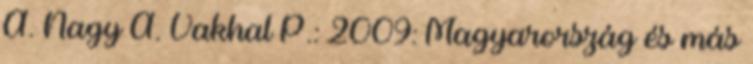
A. Nagy Á. Vakhal P.: 2009: Magyarország és más